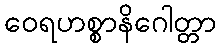
ဝေရဟစ္စာနိဂေါတ္တာ